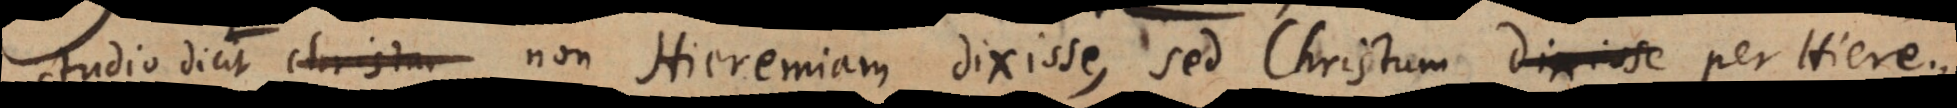
tudio dicit non Hieremiam dixisse, sed Christum per Hiere